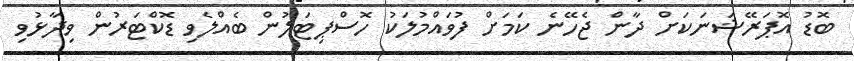
ބޮޑު އޮޕަރޭޝަނަކަށް ދާން ޖެހޭނެ ކަމަށް ފުވައްމުލަކު ހޮސްޕިޓަލުން ބެއްލެވި ޑޮކްޓަރުން ވިދާޅުވި